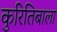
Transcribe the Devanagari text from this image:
कुरितिबाला